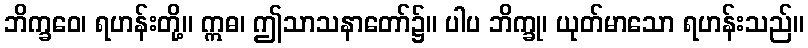
ဘိက္ခဝေ၊ ရဟန်းတို့။ ဣဓ၊ ဤသာသနာတော်၌။ ပါပ ဘိက္ခု၊ ယုတ်မာသော ရဟန်းသည်။